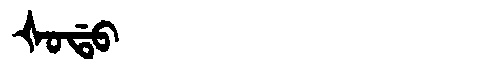
Manchu: ᡧᠣᡩᠣ
Romanization: ŠODO